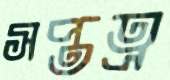
সপ্তত্র